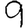
Digit: 9